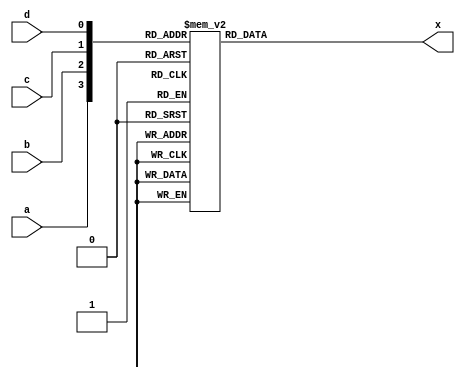
module ckt_bvc(x, a, b, c, d);
  input a, b, c, d;
  output x;
  reg x;
  always@(a, b, c, d)
  begin
    case({a, b, c, d})
      4'b0000 : x = 0;
      4'b0001 : x = 0;
      4'b0010 : x = 0;
      4'b0011 : x = 0;
      4'b0100 : x = 0;
      4'b0101 : x = 0;
      4'b0110 : x = 0;
      4'b0111 : x = 1;
      4'b1000 : x = 0;
      4'b1001 : x = 0;
      4'b1010 : x = 0;
      4'b1011 : x = 1;
      4'b1100 : x = 0;
      4'b1101 : x = 1;
      4'b1110 : x = 1;
      4'b1111 : x = 1;
    endcase
  end
endmodule